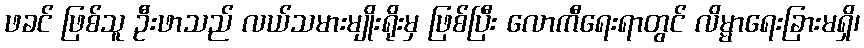
ဖခင် ဖြစ်သူ ဦးဖာသည် လယ်သမားမျိုးရိုးမှ ဖြစ်ပြီး လောကီရေးရာတွင် လိမ္မာရေးခြားမရှိ၊